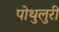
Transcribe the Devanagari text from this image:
पोथुलुरी